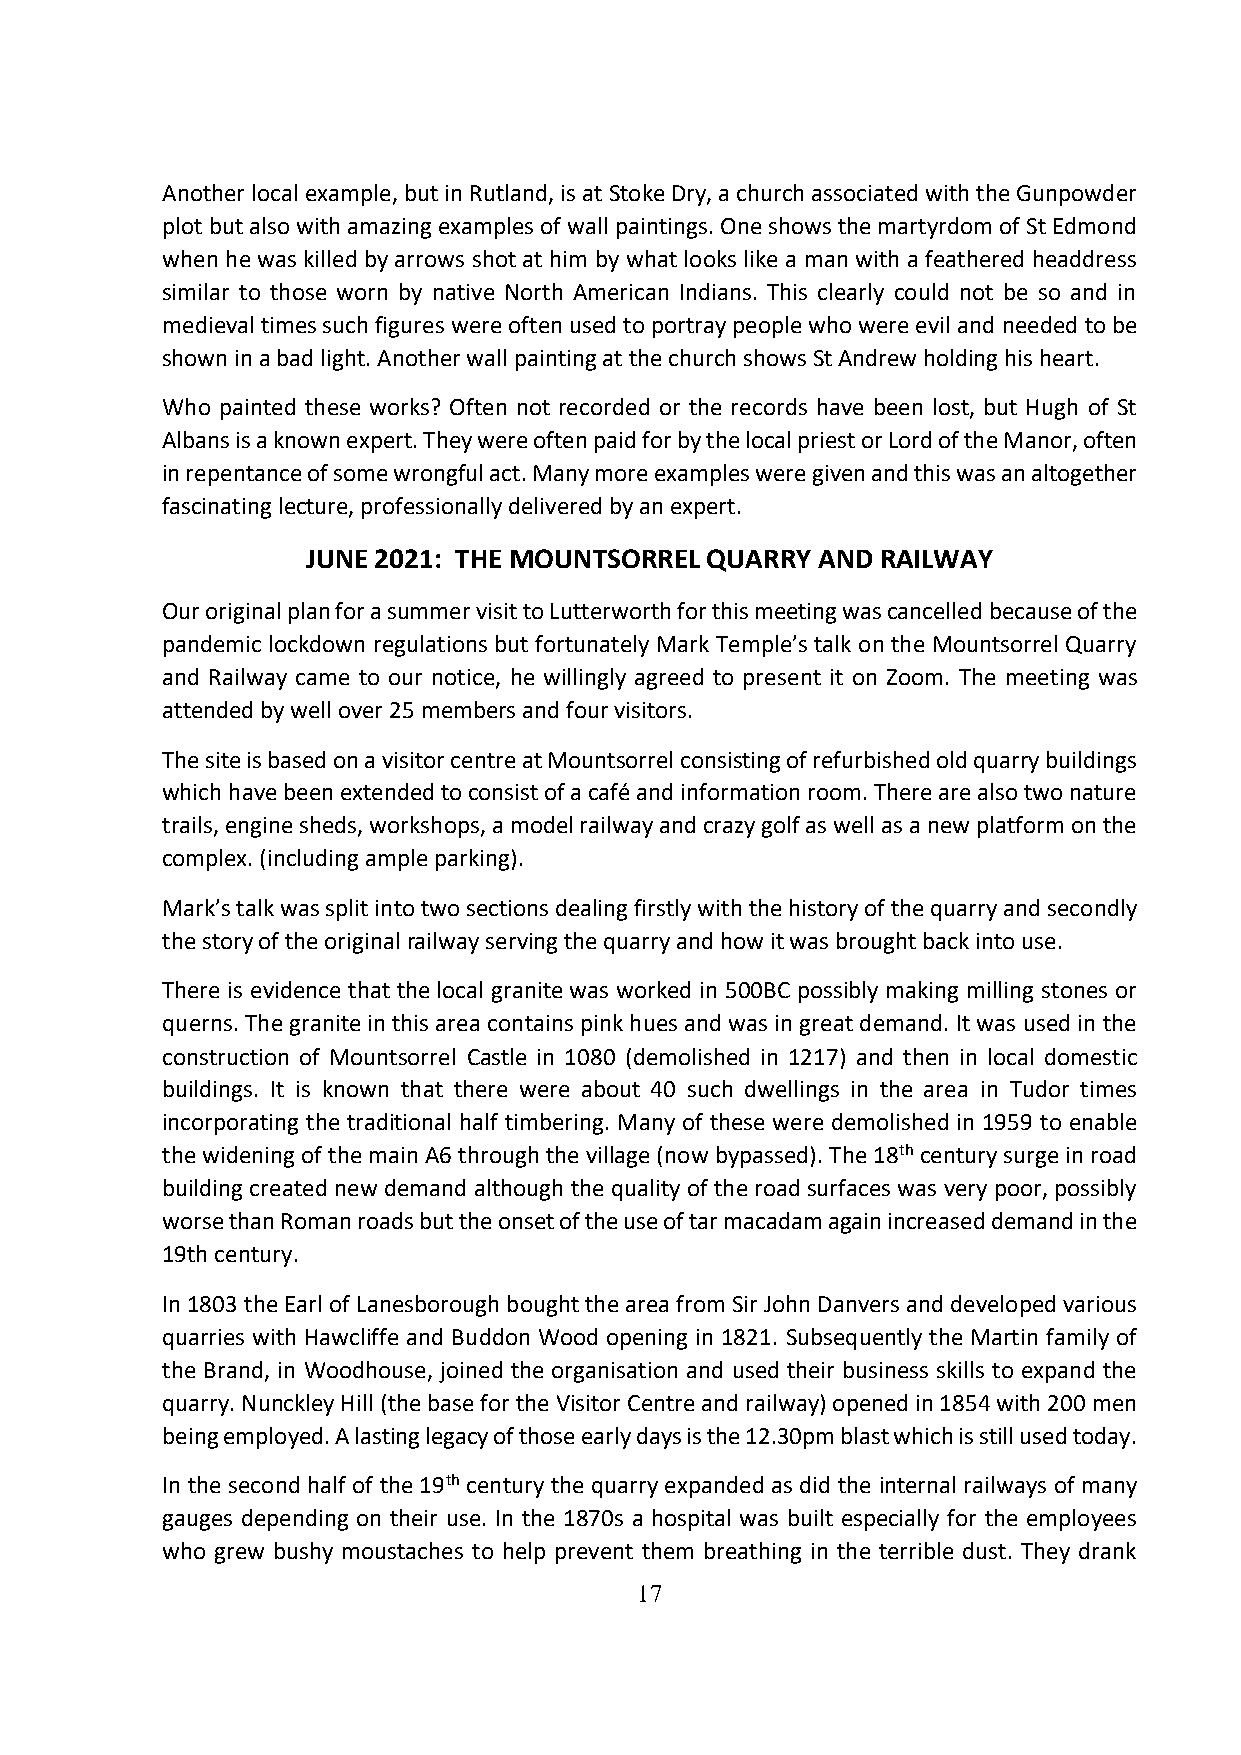
Another local example, but in Rutland, is at Stoke Dry, a church associated with the Gunpowder
 plot but also with amazing examples of wall paintings. One shows the martyrdom of St Edmond
 when he was killed by arrows shot at him by what looks like a man with a feathered headdress
 similar to those worn by native North American Indians. This clearly could not be so and in
 medieval times such figures were often used to portray people who were evil and needed to be
 shown in a bad light. Another wall painting at the church shows St Andrew holding his heart.
 Who painted these works? Often not recorded or the records have been lost, but Hugh of St
 Albans is a known expert. They were often paid for by the local priest or Lord of the Manor, often
 in repentance of some wrongful act. Many more examples were given and this was an altogether
 fascinating lecture, professionally delivered by an expert.
 JUNE 2021: THE MOUNTSORREL QUARRY AND RAILWAY
 Our original plan for a summer visit to Lutterworth for this meeting was cancelled because of the
 pandemic lockdown regulations but fortunately Mark Temple’s talk on the Mountsorrel Quarry
 and Railway came to our notice, he willingly agreed to present it on Zoom. The meeting was
 attended by well over 25 members and four visitors.
 The site is based on a visitor centre at Mountsorrel consisting of refurbished old quarry buildings
 which have been extended to consist of a café and information room. There are also two nature
 trails, engine sheds, workshops, a model railway and crazy golf as well as a new platform on the
 complex. (including ample parking).
 Mark’s talk was split into two sections dealing firstly with the history of the quarry and secondly
 the story of the original railway serving the quarry and how it was brought back into use.
 There is evidence that the local granite was worked in 500BC possibly making milling stones or
 querns. The granite in this area contains pink hues and was in great demand. It was used in the
 construction of Mountsorrel Castle in 1080 (demolished in 1217) and then in local domestic
 buildings. It is known that there were about 40 such dwellings in the area in Tudor times
 incorporating the traditional half timbering. Many of these were demolished in 1959 to enable
 the widening of the main A6 through the village (now bypassed). The 18th century surge in road
 building created new demand although the quality of the road surfaces was very poor, possibly
 worse than Roman roads but the onset of the use of tar macadam again increased demand in the
 19th century.
 In 1803 the Earl of Lanesborough bought the area from Sir John Danvers and developed various
 quarries with Hawcliffe and Buddon Wood opening in 1821. Subsequently the Martin family of
 the Brand, in Woodhouse, joined the organisation and used their business skills to expand the
 quarry. Nunckley Hill (the base for the Visitor Centre and railway) opened in 1854 with 200 men
 being employed. A lasting legacy of those early days is the 12.30pm blast which is still used today.
 In the second half of the 19th century the quarry expanded as did the internal railways of many
 gauges depending on their use. In the 1870s a hospital was built especially for the employees
 who grew bushy moustaches to help prevent them breathing in the terrible dust. They drank
 17